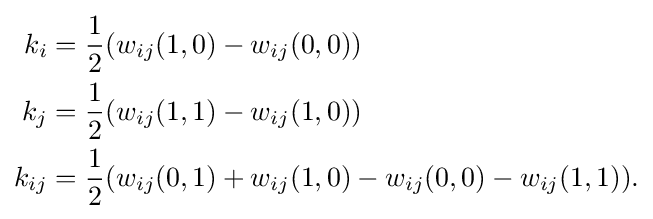
{\begin{aligned}k_{i}&={\frac {1}{2}}(w_{ij}(1,0)-w_{ij}(0,0))\\k_{j}&={\frac {1}{2}}(w_{ij}(1,1)-w_{ij}(1,0))\\k_{ij}&={\frac {1}{2}}(w_{ij}(0,1)+w_{ij}(1,0)-w_{ij}(0,0)-w_{ij}(1,1)).\end{aligned}}